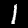
Label: 1